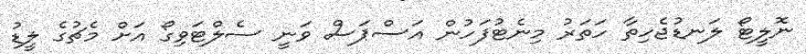
ނޮލީޓޯ ލަނޑުޖެހިތާ ހަތަރު މިނެޓުފަހުން އަސްޕަސް ވަނީ ސެލްޓަވިގޯ އަށް މެޗުގެ ލީޑު